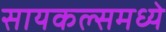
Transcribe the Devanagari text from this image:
सायकल्समध्ये